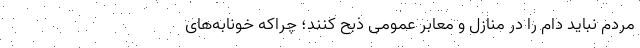
مردم نباید دام را در منازل و معابر عمومی ذبح کنند؛ چراکه خونابه‌های